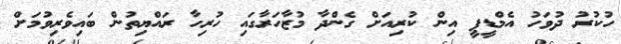
ހުކުރު ދުވަހު އެމްޑީޕީ އިން ކުރިއަށް ގެންދާ މުޒާހަރާގައި ހުރިހާ ރައްޔިތުން ބައިވެރިވުމަށް